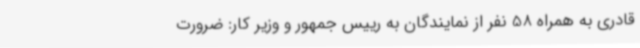
قادری به همراه 58 نفر از نمایندگان به رییس جمهور و وزیر کار: ضرورت